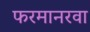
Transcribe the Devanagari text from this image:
फरमानरवा